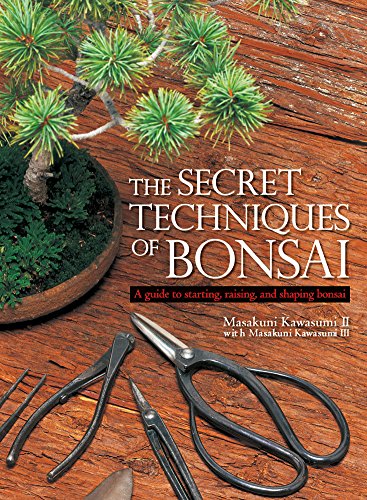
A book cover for The Secret Techniques of Bonsai: A Guide to Starting, Raising, and Shaping Bonsai; Masakuni Kawasumi II; Crafts, Hobbies & Home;